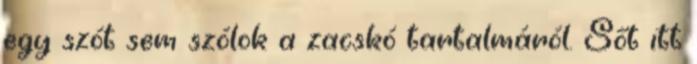
egy szót sem szólok a zacskó tartalmáról. Sőt itt